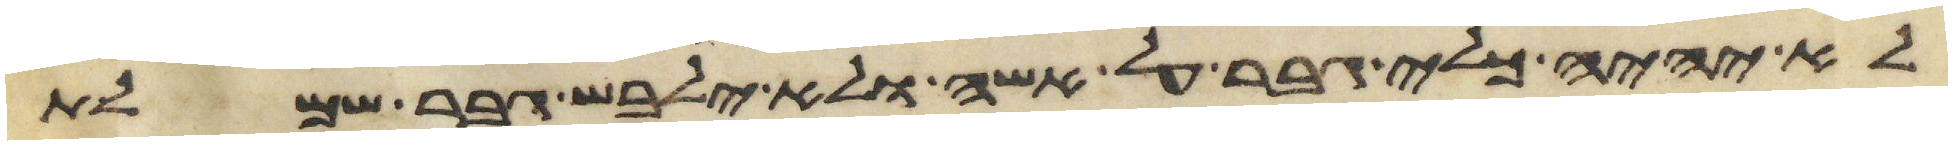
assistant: לא יהיה כלי גבר על אשה ולא ילבש גבר שמלת